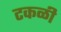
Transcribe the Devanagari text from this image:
टकळी